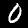
Digit: 0